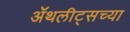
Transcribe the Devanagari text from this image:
ॲथलीट्सच्या